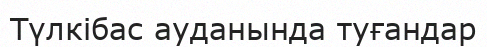
Түлкібас ауданында туғандар